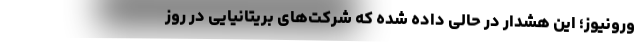
ورونیوز؛ این هشدار در حالی داده شده که شرکت‌های بریتانیایی در روز